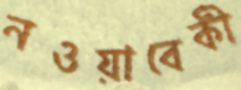
নওয়াবেকী